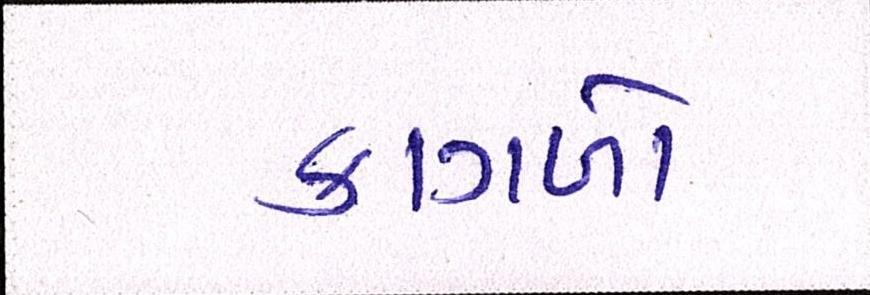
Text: કાગળો